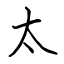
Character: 太